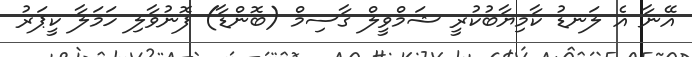
އޭނާ އެ ލަނޑު ކާމިޔާބުކުރީ ޝަމްވީލް ގާސިމް (ބޮންޑާ) ފޮނުވާލި ހަމަލާ ކީޕަރު